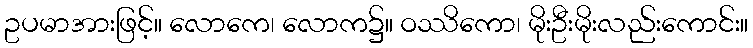
ဥပမာအားဖြင့်။ လောကေ၊ လောက၌။ ဝဿိကော၊ မိုးဦးမိုးလည်းကောင်း။